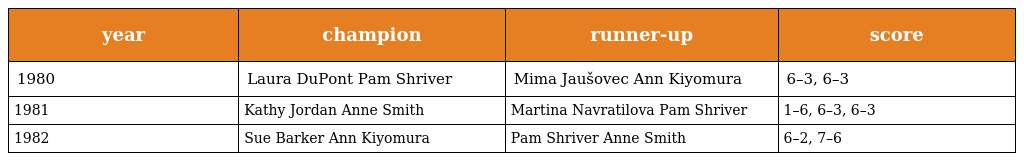
| year | champion | runner-up | score |
 | --- | --- | --- | --- |
 | 1980 | Laura DuPont Pam Shriver | Mima Jaušovec Ann Kiyomura | 6–3, 6–3 |
 | 1981 | Kathy Jordan Anne Smith | Martina Navratilova Pam Shriver | 1–6, 6–3, 6–3 |
 | 1982 | Sue Barker Ann Kiyomura | Pam Shriver Anne Smith | 6–2, 7–6 |